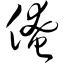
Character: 俺